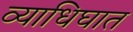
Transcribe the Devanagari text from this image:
व्याधिघात